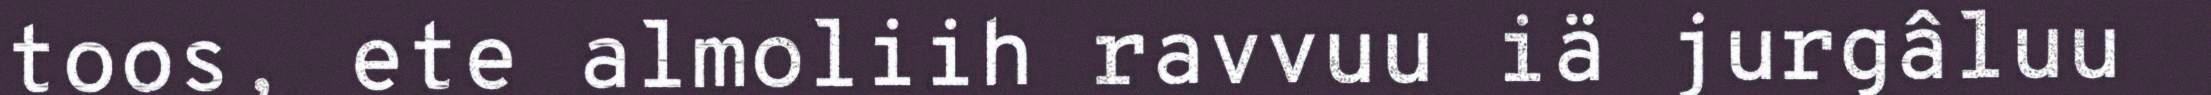
toos, ete almoliih ravvuu iä jurgâluu